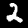
Label: 2